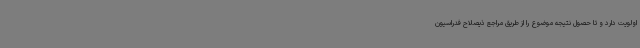
اولویت دارد و تا حصول نتیجه موضوع را از طریق مراجع ذیصلاح فدراسیون